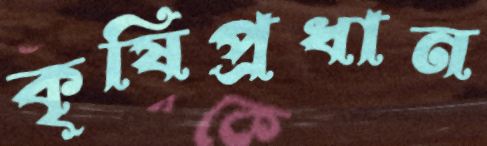
কৃষিপ্রধান